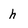
Character: h